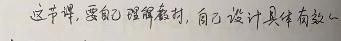
这节课，要自己理解教材，自己设计具体游戏。